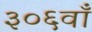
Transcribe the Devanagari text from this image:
३०६वाँ